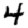
Digit: 4